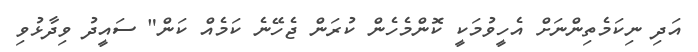
އަދި ނިކަމެތިންނަށް އެހީވުމަކީ ކޮންމެހެން ކުރަން ޖެހޭނެ ކަމެއް ކަން" ސައީދު ވިދާޅުވި